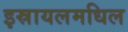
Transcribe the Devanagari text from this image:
इस्रायलमधिल